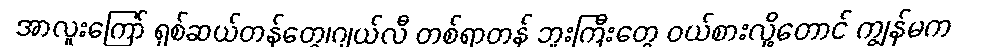
အာလူးကြော် ရှစ်ဆယ်တန်တွေ၊ဂျယ်လီ တစ်ရာတန် ဘူးကြီးတွေ ဝယ်စားလို့တောင် ကျွန်မက